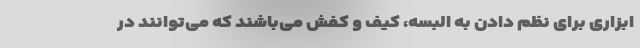
ابزاری برای نظم دادن به البسه، کیف و کفش می‌باشند که می‌توانند در